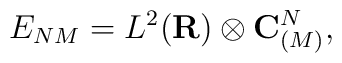
E_{NM}=L^2({\bf R})\otimes {\bf C}^N_{(M)},